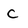
Character: c